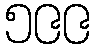
၅၉၉